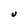
Character: v